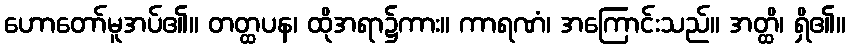
ဟောတော်မူအပ်၏။ တတ္ထပန၊ ထိုအရာ၌ကား။ ကာရဏံ၊ အကြောင်းသည်။ အတ္ထိ၊ ရှိ၏။